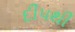
દીપથી